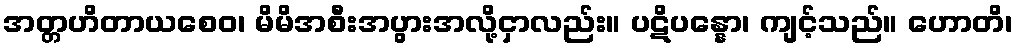
အတ္တဟိတာယစေဝ၊ မိမိအစီးအပွားအလို့ငှာလည်း။ ပဋိပန္နော၊ ကျင့်သည်။ ဟောတိ၊